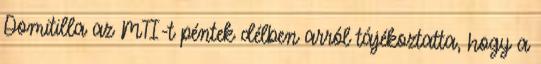
Domitilla az MTI-t péntek délben arról tájékoztatta, hogy a